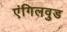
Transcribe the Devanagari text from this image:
एंगिलवुड